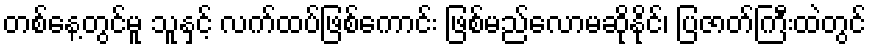
တစ်နေ့တွင်မူ သူနှင့် လက်ထပ်ဖြစ်ကောင်း ဖြစ်မည်လောမဆိုနိုင်၊ ပြဇာတ်ကြီးထဲတွင်